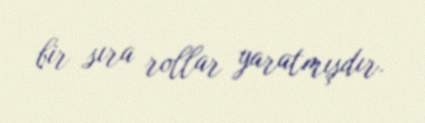
bir sıra rollar yaratmışdır.